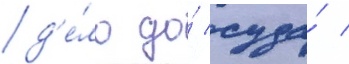
д'е́ло до́ суда́ /